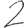
Digit: 2